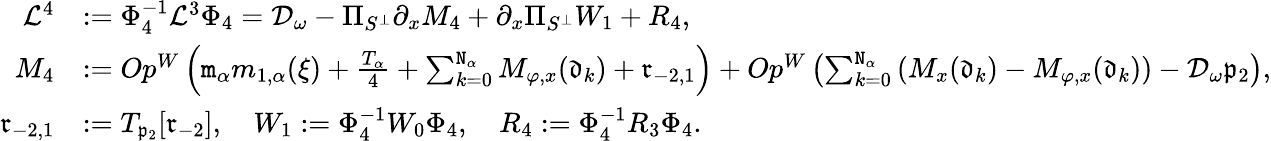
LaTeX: \begin{array}{rl}{\mathcal{L}^{4}}&{:=\Phi_{4}^{-1}\mathcal{L}^{3}\Phi_{4}=\mathcal{D}_{\omega}-\Pi_{S^{\perp}}\partial_{x}M_{4}+\partial_{x}\Pi_{S^{\perp}}W_{1}+R_{4},}\\ {M_{4}}&{:=Op^{W}\left(\mathtt{m}_{\alpha}m_{1,\alpha}(\xi)+\frac{T_{\alpha}}4+\sum_{k=0}^{\mathtt{N}_{\alpha}}M_{\varphi,x}(\mathfrak{d}_{k})+\mathfrak{r}_{-2,1}\right)+Op^{W}\left(\sum_{k=0}^{\mathtt{N}_{\alpha}}\left(M_{x}(\mathfrak{d}_{k})-M_{\varphi,x}(\mathfrak{d}_{k})\right)-\mathcal{D}_{\omega}\mathfrak{p}_{2}\right),}\\ {\mathfrak{r}_{-2,1}}&{:=T_{\mathfrak{p}_{2}}[\mathfrak{r}_{-2}],\quad W_{1}:=\Phi_{4}^{-1}W_{0}\Phi_{4},\quad R_{4}:=\Phi_{4}^{-1}R_{3}\Phi_{4}.}\end{array}